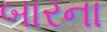
બારના